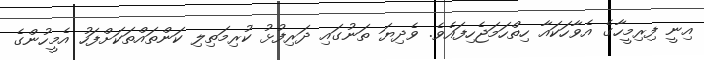
އިނީ ފިރިމީހާގެ އެވާހަކައާ ހިތްހަމަޖެހިފައެވެ. ވެދިޔަ ތަނުގައި ދަރިފުޅު ކުރިމަތިލި ކަންތައްތަކަށްފަހު އެމީހުންގެ